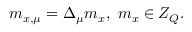
m _ { x , \mu } = \Delta _ { \mu } m _ { x } , \, \, m _ { x } \in Z _ { Q } .